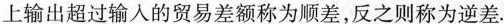
上输出超过输入的贸易差额称为顺差，反之则称为逆差.